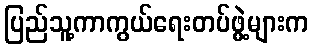
ပြည်သူ့ကာကွယ်ရေးတပ်ဖွဲ့များက